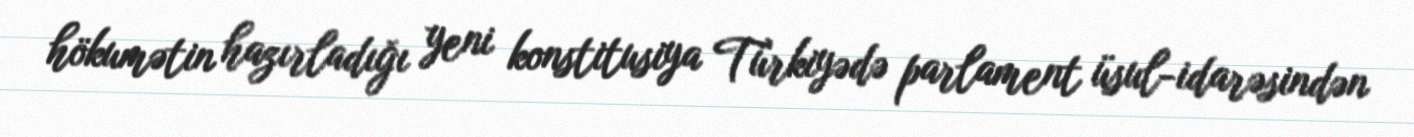
hökumətin hazırladığı yeni konstitusiya Türkiyədə parlament üsul-idarəsindən